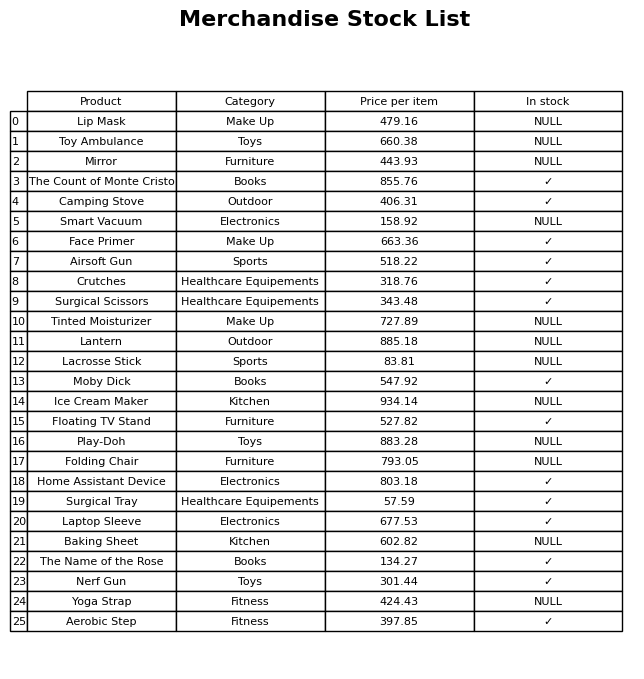
question: What is the price of the Smart Vacuum?
answer: The price of Smart Vacuum is 158.92.